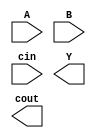
module subtractor (
    input [3:0] A,
    input [3:0] B,
    input cin,
    output [3:0] Y,
    output cout
);

wire c1, c2, c3;

xor U1(A[0], B[0], Y[0]);
xor U2(A[1], B[1], c1);
xor U3(c1, cin, Y[1]);
xor U4(A[2], B[2], c2);
xor U5(c2, c1, Y[2]);
xor U6(A[3], B[3], c3);
xor U7(c3, c2, Y[3]);

and carry_out_1(c1, cin, cout);
and carry_out_2(c2, c1, cout);
and carry_out_3(c3, c2, cout);

endmodule